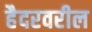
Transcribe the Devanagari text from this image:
हैदरवरील